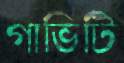
গাভিটি